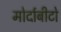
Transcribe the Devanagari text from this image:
मोर्दाबीटो